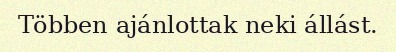
Többen ajánlottak neki állást.